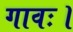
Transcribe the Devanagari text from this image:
गावः।